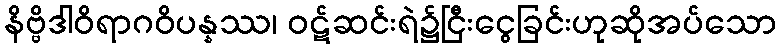
နိဗ္ဗိဒါဝိရာဂဝိပန္နဿ၊ ဝဋ်ဆင်းရဲ၌ငြီးငွေခြင်းဟုဆိုအပ်သော